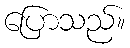
ပြောသည်။